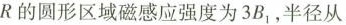
R的圆形区域磁感应强度为3B_{1}，半径从